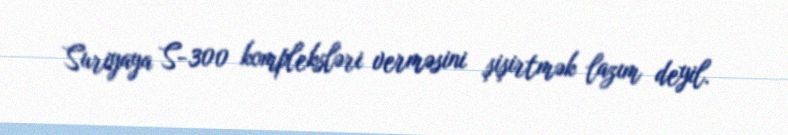
Suriyaya S-300 kompleksləri verməsini şişirtmək lazım deyil.